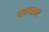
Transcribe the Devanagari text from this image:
कागला